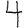
Digit: 4